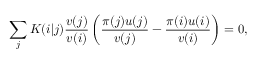
\sum _ { j } K ( i | j ) \frac { v ( j ) } { v ( i ) } \left( \frac { \pi ( j ) u ( j ) } { v ( j ) } - \frac { \pi ( i ) u ( i ) } { v ( i ) } \right) = 0 ,